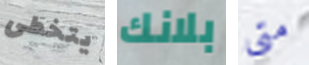
يتخطى بلانك متى